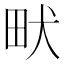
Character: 畎